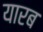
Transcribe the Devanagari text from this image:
यारब